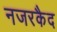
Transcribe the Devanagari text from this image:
नजरकैद